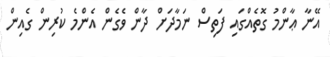
އޭނާ ޢާންމު ގޮތެއްގައި ފަތިސް ނަމާދަށް ދާން ވެގެން އެންމެ ކުރިން ގެއިން